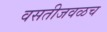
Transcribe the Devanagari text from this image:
वसतीजवळच